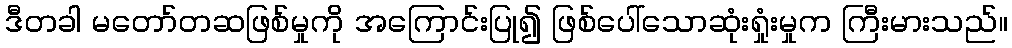
ဒီတခါ မတော်တဆဖြစ်မှုကို အကြောင်းပြု၍ ဖြစ်ပေါ်သောဆုံးရှုံးမှုက ကြီးမားသည်။